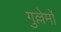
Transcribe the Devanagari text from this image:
गुल्लेर्मो